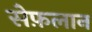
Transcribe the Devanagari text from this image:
सेफ़लान